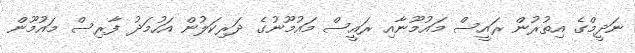
ނަދީމްގެ އިތުރުން ރައީސް މައުމޫނާއި ރައީސް މައުމޫނުގެ ދަރިކަލުން އަހުމަދު ފާރިސް މައުމޫން